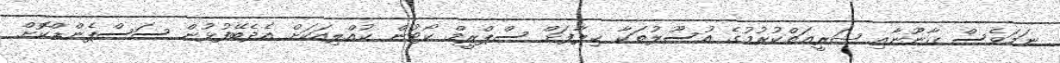
ނަމަވެސް ޤާނޫނާއި ޝަރީޢަތްކުރުމުގެ އުސޫލުތަކާ ޚިލާފަށް ސްޕްރީމް ކޯޓުން ކުއްލިއަކަށް އެދެބޭފުޅުން ސަސްޕެންޑްކޮށް